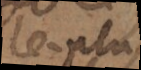
le plus